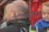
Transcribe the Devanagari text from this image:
हॅांगकॅांग